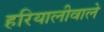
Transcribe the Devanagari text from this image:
हरियालीवाले